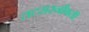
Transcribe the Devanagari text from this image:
तटसरनौबती